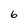
Character: 6